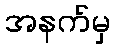
အနက်မှ